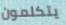
يتكلمون